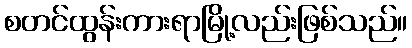
စတင်ထွန်းကားရာမြို့လည်းဖြစ်သည်။